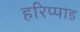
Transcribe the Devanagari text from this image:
हरिप्पाड